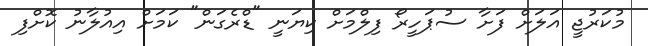
މުކަރުޖީ އަލަށް ފަށާ ސުޕަހީރޯ ފިލްމަށް ކިޔަނީ "ޑްރެގަން" ކަމަށް އިއުލާނު ކޮށްފި